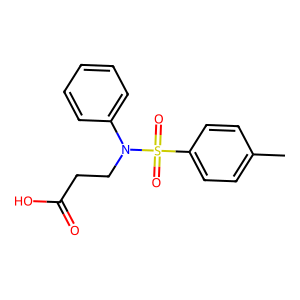
SMILES: Cc1ccc(S(=O)(=O)N(CCC(=O)O)c2ccccc2)cc1
Inhibits HIV replication: No